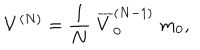
V ^ { ( N ) } = \frac { 1 } { N } \; \overline { { { V } } } _ { 0 } ^ { ( N - 1 ) } \; m _ { 0 } ,